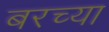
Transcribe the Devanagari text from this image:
बरच्या